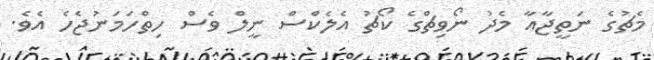
މެޗުގެ ނަތީޖާއާ މެދު ނޯވިޗްގެ ކޯޗު އެލެކްސް ނީލް ވެސް ހިތްހަމަނުޖެހެ އެވެ.